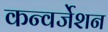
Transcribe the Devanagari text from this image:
कन्वर्जेशन